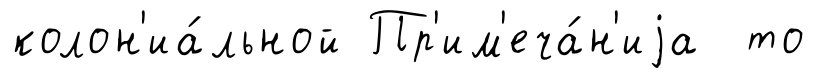
колон'иа́льной Пр'им'еча́н'иjа то